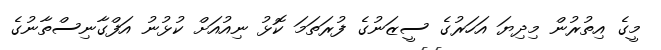
މީގެ އިތުރުން މިދިޔަ އަހަރުގެ ސީޒަނުގެ ފުރަތަމަ ކޮޅު ނިއުއަށް ކުޅުނު އަފްގާނިސްތާނުގެ